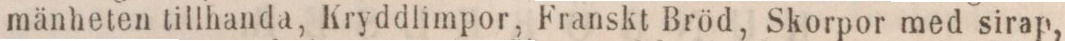
mänheten tillhanda, Kryddlimpor, Franskt Bröd, Skorpor med sirap,